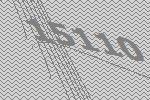
15110